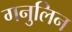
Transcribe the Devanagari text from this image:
गनुलिन